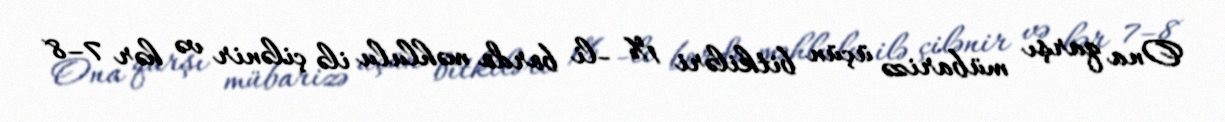
Ona qarşı mübarizə üçün bitkiləri 1% -li bordo məhlulu ilə çilənir və hər 7–8